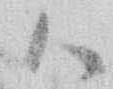
御